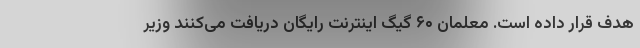
هدف قرار داده است. معلمان ۶۰ گیگ اینترنت رایگان دریافت می‌کنند وزیر